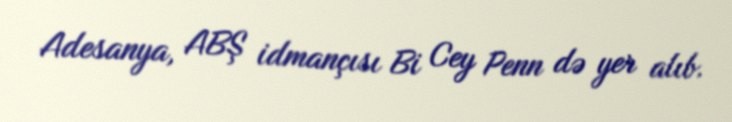
Adesanya, ABŞ idmançısı Bi Cey Penn də yer alıb.